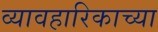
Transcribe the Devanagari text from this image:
व्यावहारिकाच्या